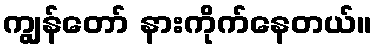
ကျွန်တော် နားကိုက်နေတယ်။